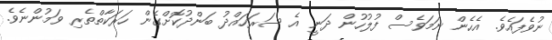
ނުވެފައެވެ. އެހެން ނަމަވެސް ފުލުހުން ދަނީ އެ ސަރަހައްދު ބަންދުކޮށްގެން ހަރަކާތްތެރި ވަމުންނެވެ.